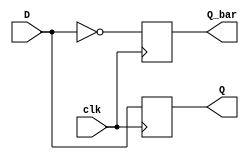
module d_flipflop (
  input D,
  input clk,
  output reg Q,
  output reg Q_bar
);

always @(posedge clk)
begin
  Q <= D;
  Q_bar <= ~D;
end

endmodule